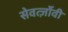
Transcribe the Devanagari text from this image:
सेवर्त्ज़ोवी